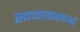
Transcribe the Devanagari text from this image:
स्वप्नावस्थाओं